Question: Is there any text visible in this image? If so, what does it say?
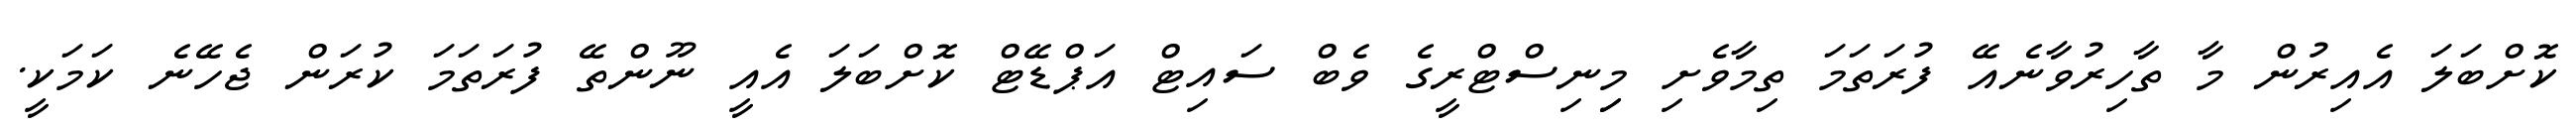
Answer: ކޮށްބަލަ އެއިރުން މާ ތާހިރުވާނެއޭ ފުރަތަމަ ތިމާވެށި މިިނިސްޓްރީގެ ވެބް ސައިޓް އަޕްޑޭޓް ކޮށްބަލަ އެއީ ނޫންތޭ ފުރަތަމަ ކުރަން ޖެހޭނެ ކަމަކީ.